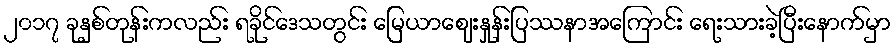
၂၀၁၇ ခုနှစ်တုန်းကလည်း ရခိုင်ဒေသတွင်း မြေယာဈေးနှုန်းပြဿနာအကြောင်း ရေးသားခဲ့ပြီးနောက်မှာ